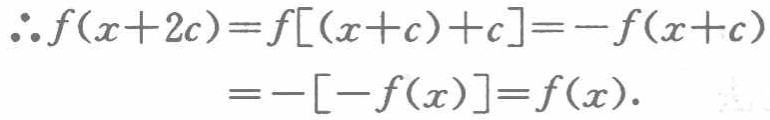
\(\therefore f(x + 2c)=f[(x + c)+c]=-f(x + c)=-[-f(x)]=f(x).\)